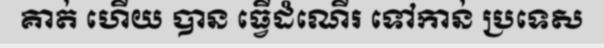
គាត់ ហើយ បាន ធ្វើដំណើរ ទៅកាន់ ប្រទេស